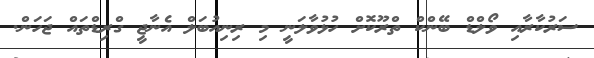
ސަރުކާރާއި ވޯލްޑް ބޭންކް ތްރޫކޮށް ހުޅުވާލަނީ މި ރިނިއުބަލް އެނާޖީ ގްރިޑްތައް ޖަހަން.